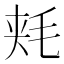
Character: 𱥠